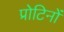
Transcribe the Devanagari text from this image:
प्रोटिनों